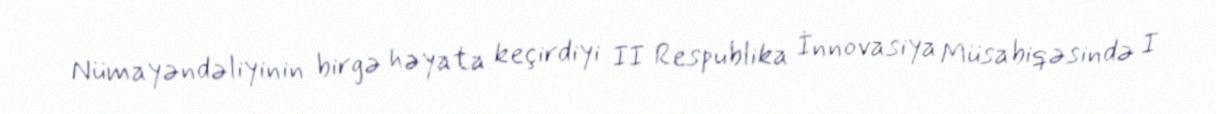
Nümayəndəliyinin birgə həyata keçirdiyi II Respublika İnnovasiya Müsabiqəsində I